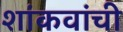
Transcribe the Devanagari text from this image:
शांकवांची